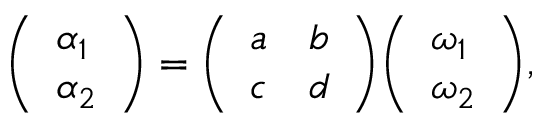
{ \left( \begin{array} { l } { \alpha _ { 1 } } \\ { \alpha _ { 2 } } \end{array} \right) } = { \left( \begin{array} { l l } { a } & { b } \\ { c } & { d } \end{array} \right) } { \left( \begin{array} { l } { \omega _ { 1 } } \\ { \omega _ { 2 } } \end{array} \right) } ,